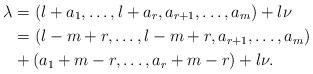
LaTeX: \begin{align*}\lambda&=(l+a_1,\ldots,l+a_r,a_{r+1},\ldots,a_m)+l\nu\cr&=(l-m+r,\ldots,l-m+r,a_{r+1},\ldots,a_m)\cr&+(a_1+m-r,\ldots,a_r+m-r) +l\nu.\end{align*}